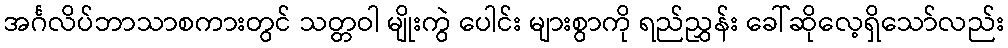
အင်္ဂလိပ်ဘာသာစကားတွင် သတ္တဝါ မျိုးကွဲ ပေါင်း များစွာကို ရည်ညွှန်း ခေါ်ဆိုလေ့ရှိသော်လည်း